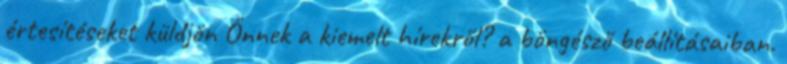
értesítéseket küldjön Önnek a kiemelt hírekről? a böngésző beállításaiban.